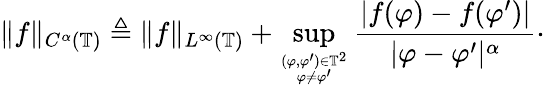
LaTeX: \| f\| _{C^{\alpha}(\mathbb{T})}\triangleq\| f\| _{L^{\infty}(\mathbb{T})}+\operatorname*{sup}_{(\varphi,\varphi^{\prime})\in\mathbb{T}^{2}\atop\varphi\neq\varphi^{\prime}}\frac{|f(\varphi)-f(\varphi^{\prime})|}{|\varphi-\varphi^{\prime}|^{\alpha}}\cdot